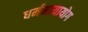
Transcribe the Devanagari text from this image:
धर्ममायायोग